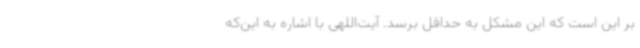
بر این است که این مشکل به حداقل برسد. آیت‌اللهی با اشاره به این‌که